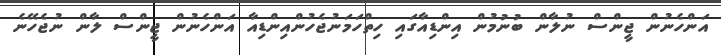
އަންހެނުން ޖީންސް ނުލާން ބުނުމުން އިންޑިއާގައި ހިތްހަމަނުޖެހުންއިންޑިއާ އަންހެނުން ޖީންސް ލާން ނުޖެހޭނެ